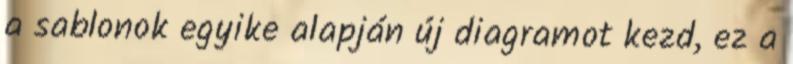
a sablonok egyike alapján új diagramot kezd, ez a